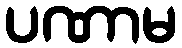
ပဏာမ